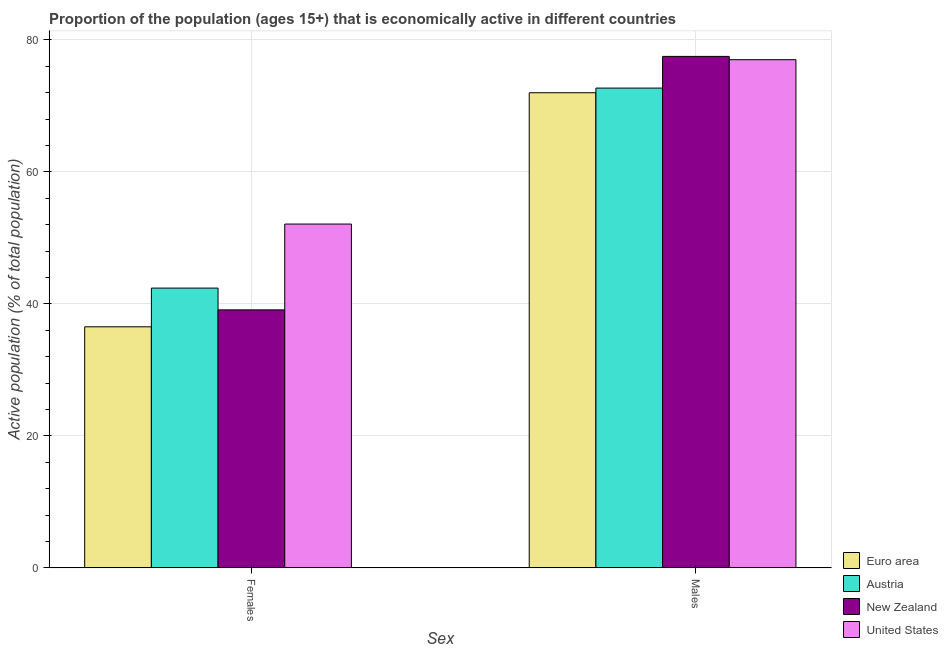
| Sex | Euro area | Austria | New Zealand | United States |
 | --- | --- | --- | --- | --- |
 | Females | 36.5 | 42.4 | 39.1 | 52.1 |
 | Males | 72 | 72.7 | 77.5 | 77 |